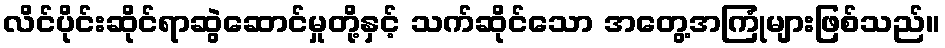
လိင်ပိုင်းဆိုင်ရာဆွဲဆောင်မှုတို့နှင့် သက်ဆိုင်သော အတွေ့အကြုံများဖြစ်သည်။